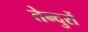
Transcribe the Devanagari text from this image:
तेन्दुरों